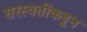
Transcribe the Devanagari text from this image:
सरस्वतींकडून